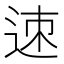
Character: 𨒪